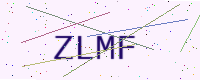
Text: ZLMF